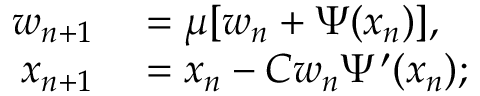
\begin{array} { r l } { w _ { n + 1 } } & { { } = \mu [ w _ { n } + \Psi ( x _ { n } ) ] , } \\ { x _ { n + 1 } } & { { } = x _ { n } - C w _ { n } \Psi ^ { \prime } ( x _ { n } ) ; } \end{array}